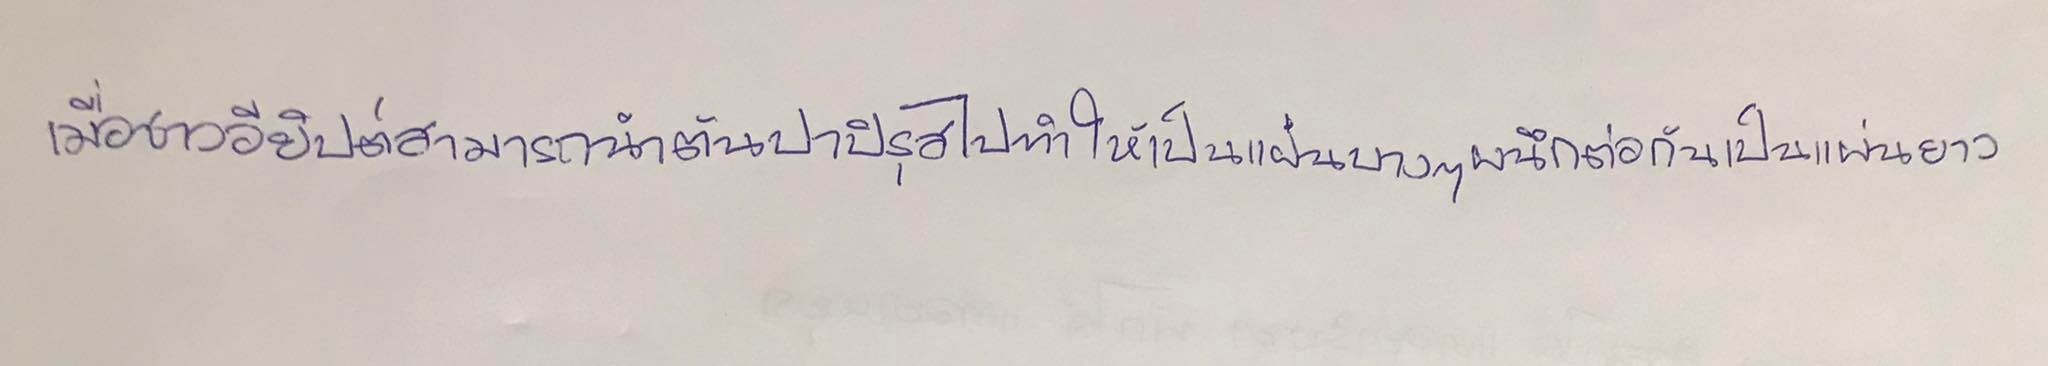
เมื่อชาวอียิปต์สามารถนำต้นปาปิรุสไปทำให้เป็นแผ่นบางๆผนึกต่อกันเป็นแผ่นยาว